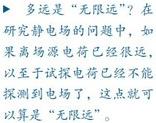
多远是“无限远”？在研究静电场的问题中，如离场源电荷已经很远，以至于试探电荷已不能探测到电场了，这点就可称为“无限远”。